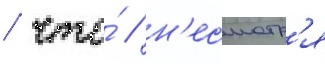
/ что́ / н'есмотр'я